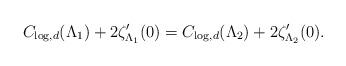
LaTeX: \begin{align*}C_{\log,d}(\Lambda_1)+2\zeta_{\Lambda_1}'(0)=C_{\log,d}(\Lambda_2)+2\zeta_{\Lambda_2}'(0).\end{align*}